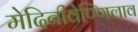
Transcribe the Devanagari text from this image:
मेदिनीवेण्णिलाव